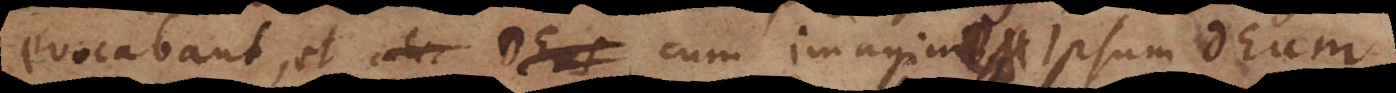
evocabant, et cum imagine ipsum Deum